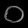
Digit: ၀